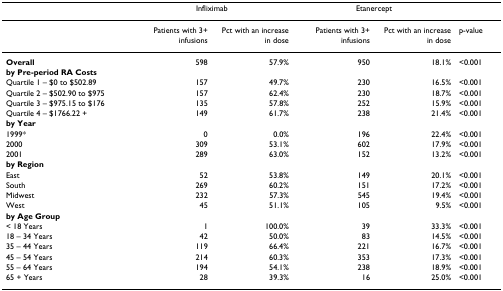
<table><thead><tr><td></td><td colspan="2"><b>Infliximab</b></td><td colspan="2"><b>Etanercept</b></td><td></td></tr></thead><tbody><tr><td></td><td>Patients with 3+ infusions</td><td>Pct with an increase in dose</td><td>Patients with 3+ infusions</td><td>Pct with an increase in dose</td><td>p-value</td></tr><tr><td><b>Overall</b></td><td>598</td><td>57.9%</td><td>950</td><td>18.1%</td><td>&lt;0.001</td></tr><tr><td><b>by Pre-period RA Costs</b></td><td></td><td></td><td></td><td></td><td></td></tr><tr><td>Quartile 1 – $0 to $502.89</td><td>157</td><td>49.7%</td><td>230</td><td>16.5%</td><td>&lt;0.001</td></tr><tr><td>Quartile 2 – $502.90 to $975</td><td>157</td><td>62.4%</td><td>230</td><td>18.7%</td><td>&lt;0.001</td></tr><tr><td>Quartile 3 – $975.15 to $176</td><td>135</td><td>57.8%</td><td>252</td><td>15.9%</td><td>&lt;0.001</td></tr><tr><td>Quartile 4 – $1766.22 +</td><td>149</td><td>61.7%</td><td>238</td><td>21.4%</td><td>&lt;0.001</td></tr><tr><td><b>by Year</b></td><td></td><td></td><td></td><td></td><td></td></tr><tr><td>1999*</td><td>0</td><td>0.0%</td><td>196</td><td>22.4%</td><td>&lt;0.001</td></tr><tr><td>2000</td><td>309</td><td>53.1%</td><td>602</td><td>17.9%</td><td>&lt;0.001</td></tr><tr><td>2001</td><td>289</td><td>63.0%</td><td>152</td><td>13.2%</td><td>&lt;0.001</td></tr><tr><td><b>by Region</b></td><td></td><td></td><td></td><td></td><td></td></tr><tr><td>East</td><td>52</td><td>53.8%</td><td>149</td><td>20.1%</td><td>&lt;0.001</td></tr><tr><td>South</td><td>269</td><td>60.2%</td><td>151</td><td>17.2%</td><td>&lt;0.001</td></tr><tr><td>Midwest</td><td>232</td><td>57.3%</td><td>545</td><td>19.4%</td><td>&lt;0.001</td></tr><tr><td>West</td><td>45</td><td>51.1%</td><td>105</td><td>9.5%</td><td>&lt;0.001</td></tr><tr><td><b>by Age Group</b></td><td></td><td></td><td></td><td></td><td></td></tr><tr><td>&lt; 18 Years</td><td>1</td><td>100.0%</td><td>39</td><td>33.3%</td><td>&lt;0.001</td></tr><tr><td>18 – 34 Years</td><td>42</td><td>50.0%</td><td>83</td><td>14.5%</td><td>&lt;0.001</td></tr><tr><td>35 – 44 Years</td><td>119</td><td>66.4%</td><td>221</td><td>16.7%</td><td>&lt;0.001</td></tr><tr><td>45 – 54 Years</td><td>214</td><td>60.3%</td><td>353</td><td>17.3%</td><td>&lt;0.001</td></tr><tr><td>55 – 64 Years</td><td>194</td><td>54.1%</td><td>238</td><td>18.9%</td><td>&lt;0.001</td></tr><tr><td>65 + Years</td><td>28</td><td>39.3%</td><td>16</td><td>25.0%</td><td>&lt;0.001</td></tr></tbody></table>